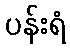
ပန်းရံ